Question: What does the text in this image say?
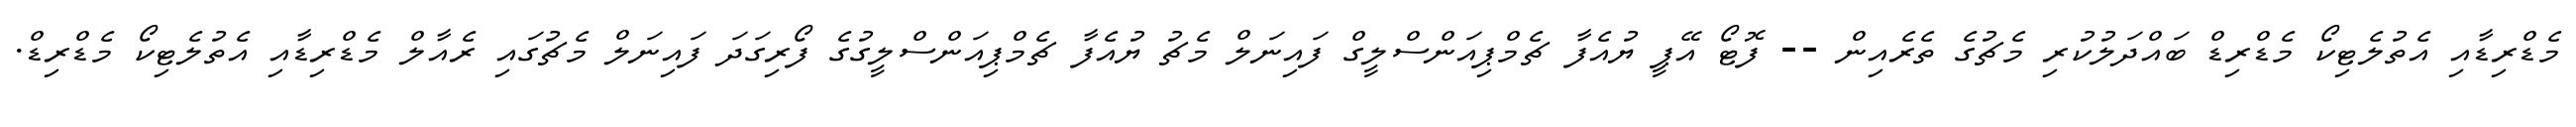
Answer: މެޑްރިޑާއި އެތުލެޓިކޯ މެޑްރިޑް ބައްދަލުކުރި މެޗުގެ ތެރެއިން -- ފޮޓޯ އޭޕީ ޔުއެފާ ޗެމްޕިއަންސްލީގް ފައިނަލް މެޗު ޔުއެފާ ޗެމްޕިއަންސްލީގުގެ ފޯރިގަދަ ފައިނަލް މެޗުގައި ރެއާލް މެޑްރިޑާއި އެތުލެޓިކޯ މެޑްރިޑް.